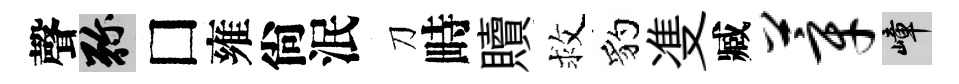
聲弥□雍尙泯刀畤贖救豹㕠臧莘嶂